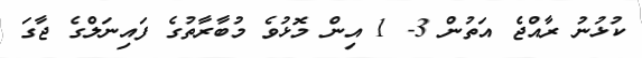
ކުޅުނު ރާއްޖެ އަތުން 3- 1 އިން މޮޅުވެ މުބާރާތުގެ ފައިނަލްގެ ޖާގަ